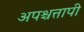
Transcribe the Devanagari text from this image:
अपश्चत्तापी